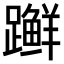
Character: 𫏨